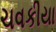
ચવકીયા